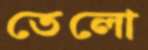
তেলো